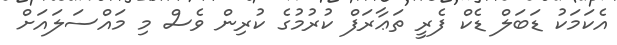
އެކަމަކު ޑަބަލް ޑެކް ފެރީ ތަޢާރަފް ކުރުމުގެ ކުރިން ވެސް މި މައްސަލައަށް